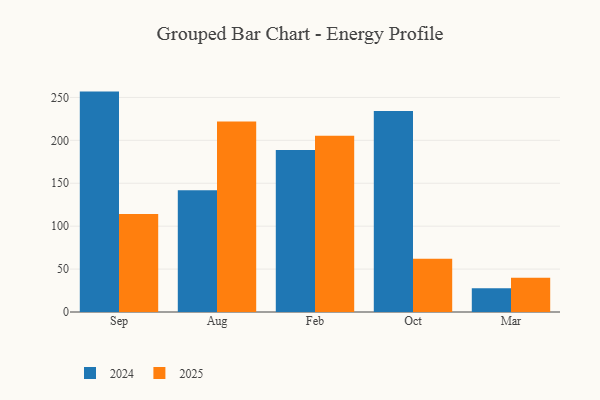
{"axis": {"x": "Month", "y": "Revenue (USD Million)"}, "legend": ["2024", "2025"], "data": [{"x": "Sep", "y": 114.3, "type": "2025"}, {"x": "Sep", "y": 256.8, "type": "2024"}, {"x": "Aug", "y": 221.9, "type": "2025"}, {"x": "Aug", "y": 141.8, "type": "2024"}, {"x": "Feb", "y": 205.5, "type": "2025"}, {"x": "Feb", "y": 188.8, "type": "2024"}, {"x": "Oct", "y": 61.9, "type": "2025"}, {"x": "Oct", "y": 234.3, "type": "2024"}, {"x": "Mar", "y": 40.0, "type": "2025"}, {"x": "Mar", "y": 27.8, "type": "2024"}]}